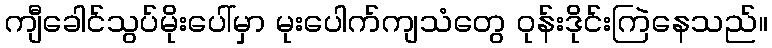
ကျီခေါင်သွပ်မိုးပေါ်မှာ မုးပေါက်ကျသံတွေ ဝုန်းဒိုင်းကြဲနေသည်။